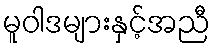
မူဝါဒများနှင့်အညီ